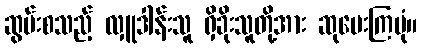
ဆွမ်းစသည့် လှူဒါန်းသူ ရှိခိုးသူတို့အား ဆုပေးကြပုံ။